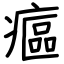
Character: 𤹪